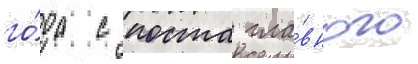
го́да с поста гла́вного